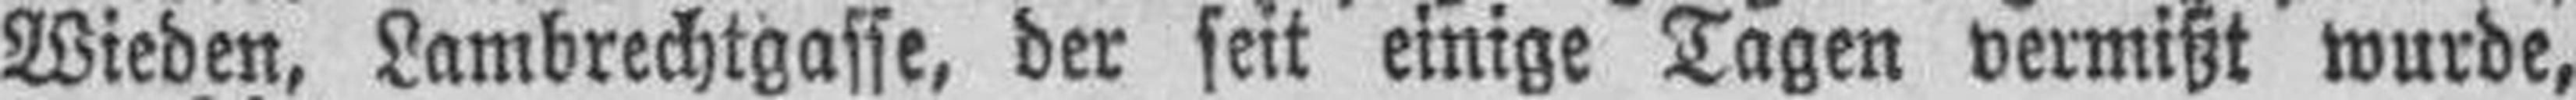
Wieden, Lambrechtgasse, der seit einige Tagen vermißt wurde,